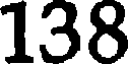
138